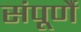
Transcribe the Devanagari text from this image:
संपूर्णै